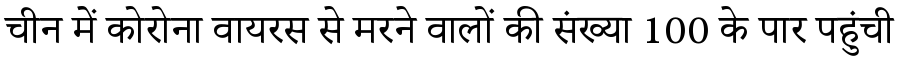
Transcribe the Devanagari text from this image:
चीन में कोरोना वायरस से मरने वालों की संख्या 100 के पार पहुंची